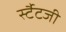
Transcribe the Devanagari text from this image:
र्स्टैटजी